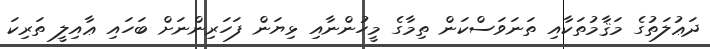
ދަޢުލަތުގެ މަޤާމުތަކާއި ތަނަވަސްކަން ތިމާގެ މީހުންނާއި ޅިޔަން ފަހަރިންނަށް ބަހައި ޢާއިލީ ތަރިކަ